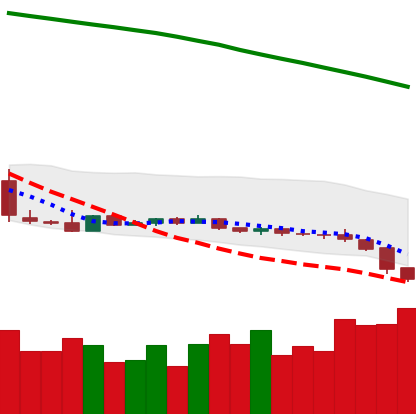
Ticker: XLM-USD
Chart end date: 2019-01-29
Forward return: -3.069%
Label: down_3_5